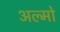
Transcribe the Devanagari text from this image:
अल्मो